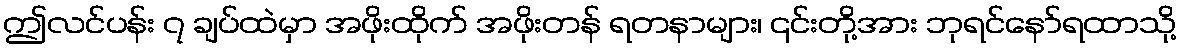
ဤလင်ပန်း ၇ ချပ်ထဲမှာ အဖိုးထိုက် အဖိုးတန် ရတနာများ၊ ၎င်းတို့အား ဘုရင်နော်ရထာသို့